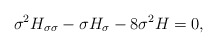
\begin{align*}\sigma^2 H_{\sigma \sigma} -\sigma H_{\sigma} -8\sigma^2 H=0,\end{align*}